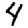
Digit: 4